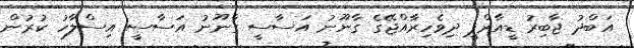
އަބްދު ޖާބިރު ޑީއާރްޕީ ދިވެހިރާއްޖޭގެ ގާނޫނު އަސާސީ ގާނޫނު އަސާސީ އިސްލާހު ކުރުން